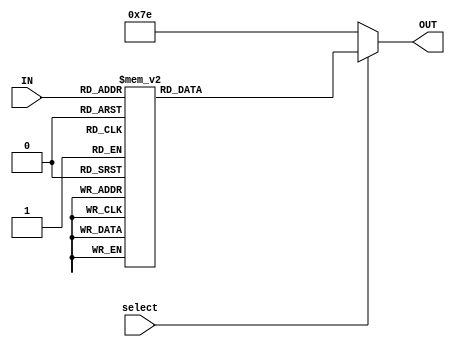
module BCD7segment(
    input [3:0] IN,
	 input select,
    output reg [6:0] OUT
	 
    );

always @ (IN or select)
begin
if(select)
begin
	case (IN)
0: OUT = 7'b0000001;
1: OUT = 7'b1001111;
2: OUT = 7'b0010010;
3: OUT = 7'b0000110;
4: OUT = 7'b1001100;
5: OUT = 7'b0100100;
6: OUT = 7'b0100000;
7: OUT = 7'b0001111;
8: OUT = 7'b0000000;
9: OUT = 7'b0000100;
10: OUT = 7'b0001000;
11: OUT = 7'b0000000;
12: OUT = 7'b0110001;
13: OUT = 7'b0000001;
14: OUT = 7'b0110000;
15: OUT = 7'b0111000;
endcase
end
else
	OUT = 7'b1111110;
end

// 4 enable switches //

endmodule